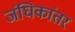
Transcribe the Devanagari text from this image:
जंघिकांतर